Laidoner,_Johan, lk 99
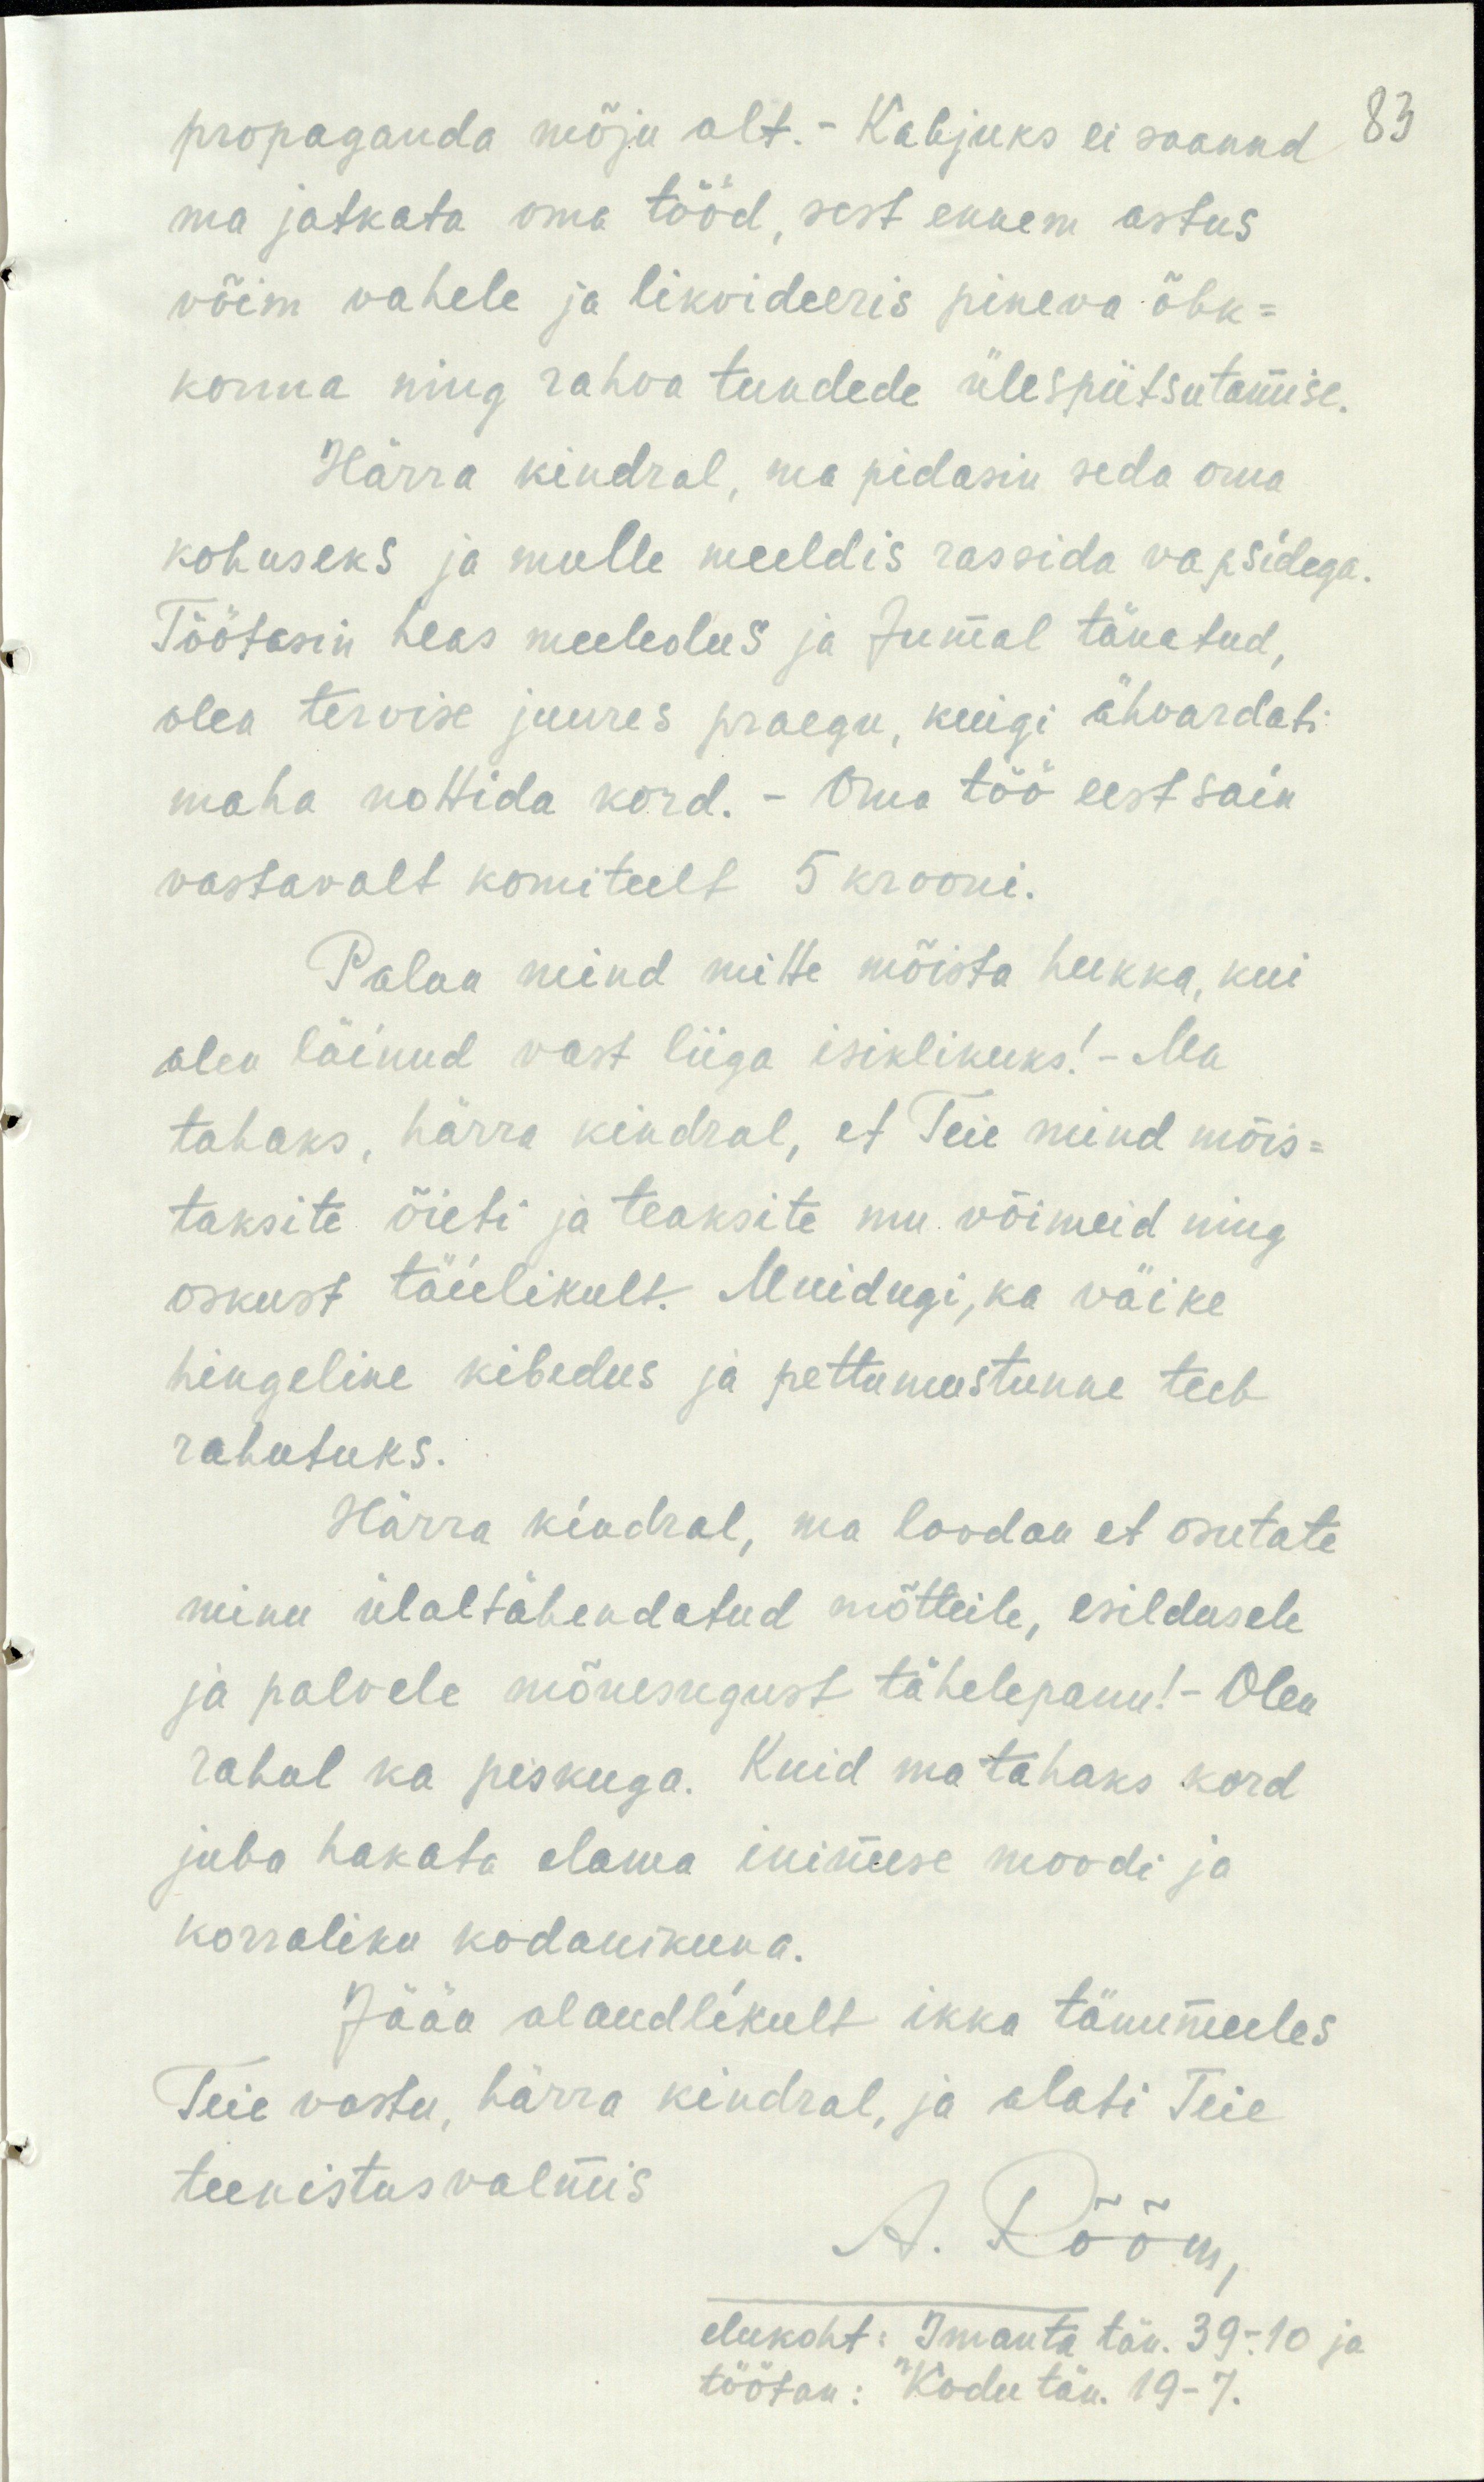
propaganda mõju alt. - Kahjuks ei saanud
ma jatkata oma tööd, sest ennem astus
võim vahele ja likvideeris pineva õhk-
konna ning rahva tundede ülespiitsutamise.
Härra kindral, ma pidasin seda oma
kohuseks ja mulle meeldis rassida vapsidega.
Töötasin heas meeleolus ja Jumal tänatud,
olen tervise juures praegu, keegi ähvardati
maha nottida kord. - Oma töö eest sain
vastavalt komiteelt 5 krooni.
Palun mind mitte mõista hukka, kui
olen läinud vast liiga isiklikuks! - Ma
tahaks, härra kindral, et Teie mind mõis-
taksite õieti ja teaksite mu võimeid ning
oskust täielikult. Muidugi, ka väike
hingeline kibedus ja pettumustunne teeb
rahutuks.
Härra kindral, ma loodan et osutate
minu ülaltähendatud mõtteile, esildusele
ja palvele mõnesugust tähelepanu! - Olen
rahul ka piskuga. Kuid ma tahaks kord
juba hakata elama inimese moodi ja
korraliku kodanikuna.
Jään alandlikult ikka tänumeeles
Teie vastu, härra kindral, ja alati Teie
teenistus valmis.
A. Rõõm,
elukoht: Imanta täv. 39-10 ja
töötan: Kodu tän. 19-7.